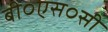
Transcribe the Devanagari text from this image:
बी०एस०सी